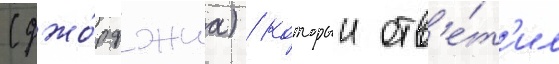
(джо́рджиа) / которыи отв'е́т'ил